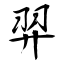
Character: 羿